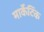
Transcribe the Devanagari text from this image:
मार्केटिंक